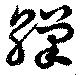
繅